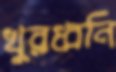
খুরধ্বনি